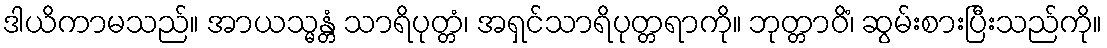
ဒါယိကာမသည်။ အာယသ္မန္တံ သာရိပုတ္တံ၊ အရှင်သာရိပုတ္တရာကို။ ဘုတ္တာဝိံ၊ ဆွမ်းစားပြီးသည်ကို။